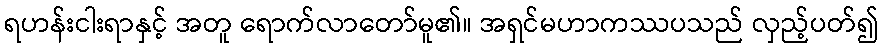
ရဟန်းငါးရာနှင့် အတူ ရောက်လာတော်မူ၏။ အရှင်မဟာကဿပသည် လှည့်ပတ်၍